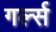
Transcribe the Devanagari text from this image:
गर्ल्‍स